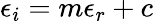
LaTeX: \epsilon_{i}=m\epsilon_{r}+c